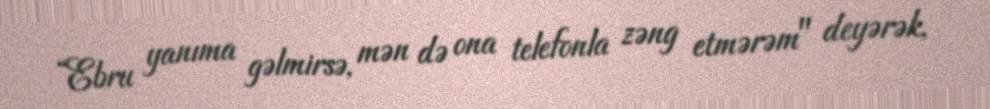
“Ebru yanıma gəlmirsə, mən də ona telefonla zəng etmərəm" deyərək,